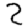
Digit: 2